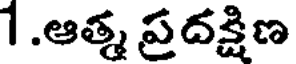
1.ఆత్మ ప్రదక్షిణ